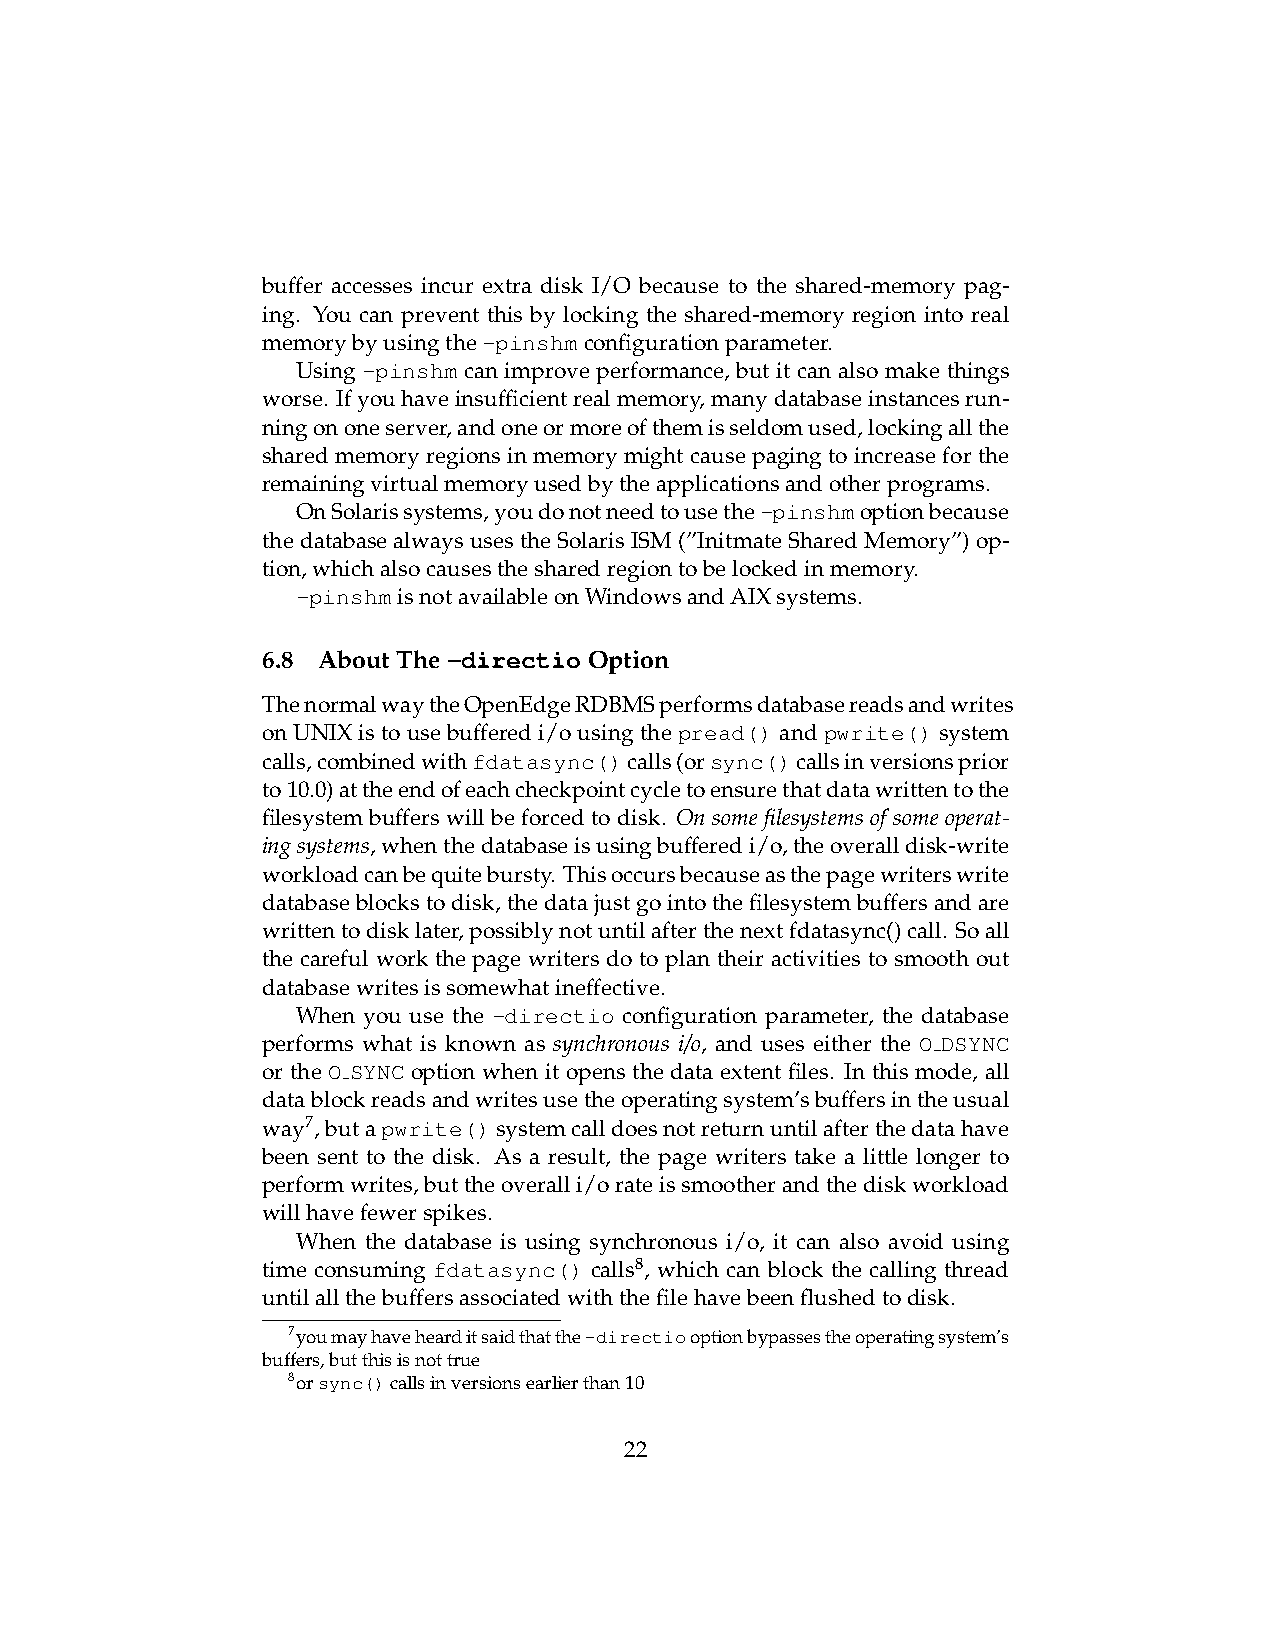
buffer accesses incur extra disk I/O because to the shared-memory pag-
 ing. You can prevent this by locking the shared-memory region into real
 memorybyusingthe-pinshmconfigurationparameter.
 Using -pinshm can improve performance, but it can also make things
 worse. Ifyouhaveinsufficientrealmemory,manydatabaseinstancesrun-
 ningononeserver,andoneormoreofthemisseldomused,lockingallthe
 sharedmemoryregionsinmemorymightcausepagingtoincreaseforthe
 remainingvirtualmemoryusedbytheapplicationsandotherprograms.
 OnSolarissystems,youdonotneedtousethe-pinshmoptionbecause
 thedatabasealwaysusestheSolarisISM(”InitmateSharedMemory”)op-
 tion,whichalsocausesthesharedregiontobelockedinmemory.
 -pinshmisnotavailableonWindowsandAIXsystems.
 6.8 AboutThe-directioOption
 ThenormalwaytheOpenEdgeRDBMSperformsdatabasereadsandwrites
 onUNIXistousebufferedi/ousingthepread()andpwrite()system
 calls,combinedwithfdatasync()calls(orsync()callsinversionsprior
 to10.0)attheendofeachcheckpointcycletoensurethatdatawrittentothe
 filesystem buffers will be forced to disk. On some filesystems of some operat-
 ingsystems,whenthedatabaseisusingbufferedi/o,theoveralldisk-write
 workloadcanbequitebursty. Thisoccursbecauseasthepagewriterswrite
 databaseblockstodisk,thedatajustgointothefilesystembuffersandare
 writtentodisklater,possiblynotuntilafterthenextfdatasync()call. Soall
 the careful work the page writers do to plan their activities to smooth out
 databasewritesissomewhatineffective.
 When you use the -directio configuration parameter, the database
 performs what is known as synchronous i/o, and uses either the O DSYNC
 or the O SYNC option when it opens the data extent files. In this mode, all
 datablockreadsandwritesusetheoperatingsystem’sbuffersintheusual
 way7,butapwrite()systemcalldoesnotreturnuntilafterthedatahave
 been sent to the disk. As a result, the page writers take a little longer to
 performwrites,buttheoveralli/orateissmootherandthediskworkload
 willhavefewerspikes.
 When the database is using synchronous i/o, it can also avoid using
 time consuming fdatasync() calls8, which can block the calling thread
 untilallthebuffersassociatedwiththefilehavebeenflushedtodisk.
 7youmayhavehearditsaidthatthe-directiooptionbypassestheoperatingsystem’s
 buffers,butthisisnottrue
 8orsync()callsinversionsearlierthan10
 22